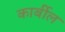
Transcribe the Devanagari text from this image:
कार्बील